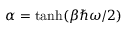
\alpha = \operatorname { t a n h } ( \beta \hbar \omega / 2 )